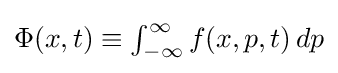
{\textstyle \Phi (x,t)\equiv \int _{-\infty }^{\infty }f(x,p,t)\,dp}